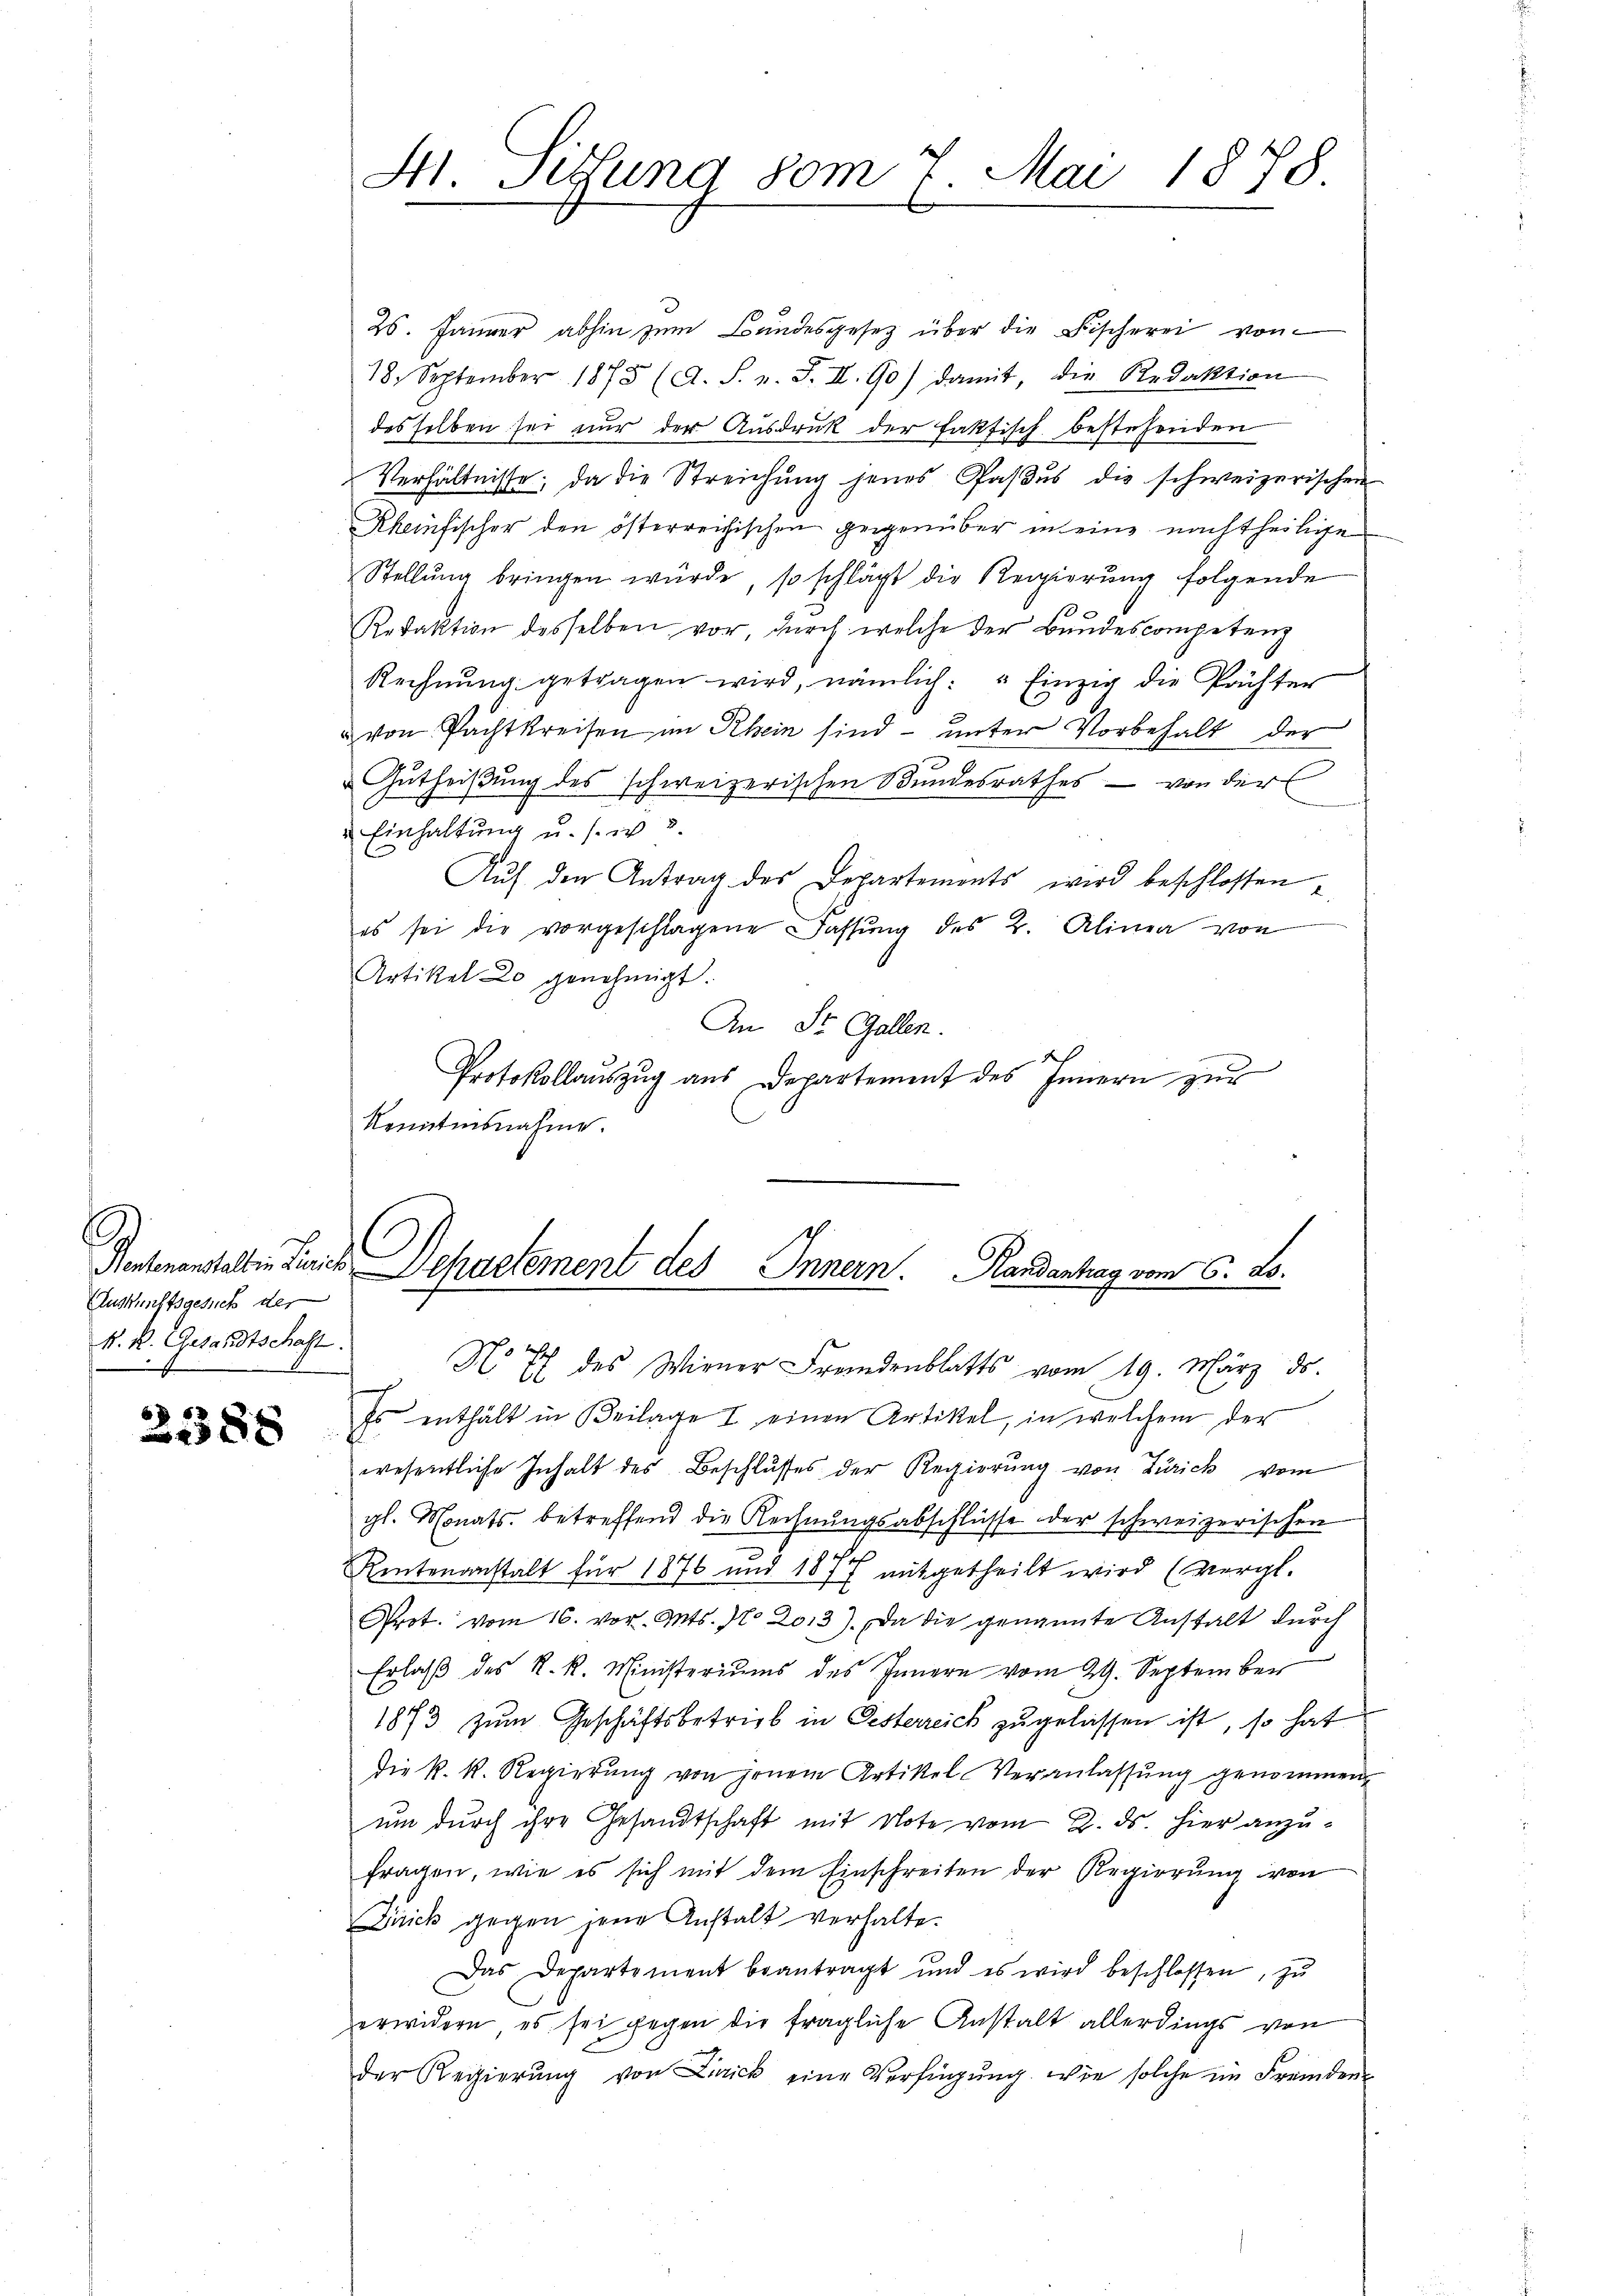
Auskunftsgesuch der
k. k. Gesandtschaft.
.

2388

25. Jänner abhin zŭm Bŭndesgesetz über die Fischerei von
18. September 1875 (A. S. v. J. II. 90 damit, die Redaktion
desselben sei nur der Ausdruck der faktisch bestehenden
Verhältnisse; da die Streichung jenes Paβŭs die schweizerischen
Rheinfischer den österreichischen gegenüber meine nachtheilige
Stellŭng bringen würde, so schlägt die Regierŭng folgende
Redaktion desselben vor, durch welche der Bundescompetenz
Rechnŭng getragen wird, nämlich: " Einzig die Pächter
u von Pachtkreisen im Rhein sind unter Vorbehalt der
Gutheißung des schweizerischen Bundesrathes – von der
Einhaltung u. s. w.
Auf den Antrag des Departements wird beschlossen,
es sei die vorgeschlagene Fassŭng des 2. Alinea von
Artikel Lo genehmigt.
An St. Gallen.
ses
Protokollauszug aus Departement des Innern zur
kenntnisnahme.

S Jesund vom 7. Mai 1878.

Ruchestellen sich Departement des Innern. Kondertrag vom 6. De¬

Noch des Wiener Fremdenblatts vom 19. März ds.
Es enthält in Beilage I einen Artikel, in welchem der
wesentliche Inhalt des Beschlusses der Regierung von Zürich vom
gl. Monats betreffend die Rechnŭngsabschlüsse der schweizerischen
f
Rentenanstalt für 1876 und 1877 mitgetheilt wird (vergl.
Prot. vom 16. vor. Mts. No 2013). Da die genannte Anstalt dŭrch
Erlaβ des K. R. Ministeriums des Innern vom 29. September
1873 zŭm Geschäftsbetrieb in Oesterreich zugelassen ist, so hat
die k. k. Regierŭng von jenem Artikel Veranlassŭng genommen,
um durch ihre Gesandtschaft mit Note vom 2. ds. hier anzufragen, wie es sich mit dem Einschreiten der Regierung von
Drick gegen jene Anstalt verhalte.
Das Departement beantragt und es wird beschlossen, zŭ
erwidern es sei gegen die fragliche Anstalt allerdings von
der Regierŭng von Zurick eine Verfügung. Wie solche im Fremden